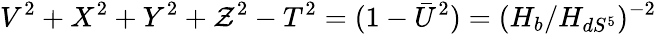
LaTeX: V^{2}+X^{2}+Y^{2}+\mathcal{Z}^{2}-T^{2}=(1-\bar{{U}}^{2})=(H_{b}/H_{dS^{5}})^{-2}